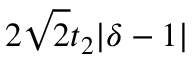
2 \sqrt { 2 } t _ { 2 } | \delta - 1 |